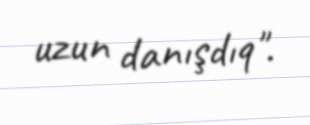
uzun danışdıq".